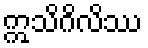
ဣသိဂိလိဿ